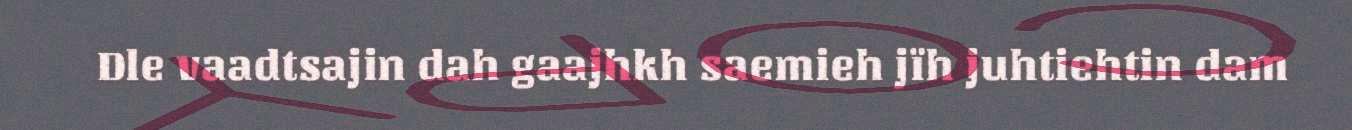
Dle vaadtsajin dah gaajhkh saemieh jïh juhtiehtin dam